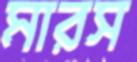
মারস